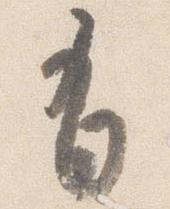
有